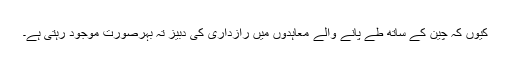
کیوں کہ چین کے ساتھ طے پانے والے معاہدوں میں رازداری کی دبیز تہ بہرصورت موجود رہتی ہے۔